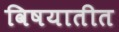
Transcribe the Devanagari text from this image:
विषयातीत